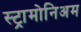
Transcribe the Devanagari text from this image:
स्ट्रामोनिअम